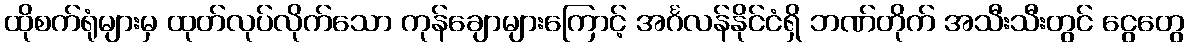
ထိုစက်ရုံများမှ ထုတ်လုပ်လိုက်သော ကုန်ချောများကြောင့် အင်္ဂလန်နိုင်ငံရှိ ဘဏ်တိုက် အသီးသီးတွင် ငွေတွေ